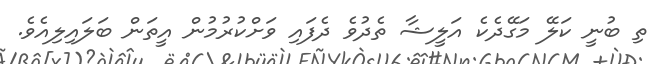
ތި ބުނީ ކަލޭ މަގޭދެކެ އަލީޝާ ތެދުވެ ދެފައި ވަށްކުރުމުން އީތަން ބަލައިލިއެވެ.